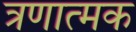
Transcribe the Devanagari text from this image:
त्रणात्मक